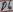
Text: D5